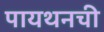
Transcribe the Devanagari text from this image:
पायथनची